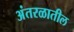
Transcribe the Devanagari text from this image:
अंतरळातील